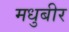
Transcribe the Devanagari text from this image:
मधुबीर